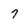
Character: 7